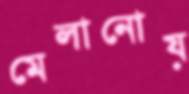
মেলানোয়